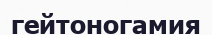
гейтоногамия